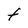
Character: t